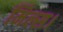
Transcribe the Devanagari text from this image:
मिल्स।